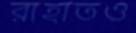
রাহাতও